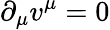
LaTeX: \partial_{\mu}v^{\mu}=0